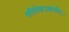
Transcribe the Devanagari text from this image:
परितेकऽआसीत्।